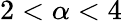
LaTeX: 2<\alpha<4